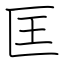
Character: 匡